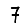
Digit: 7